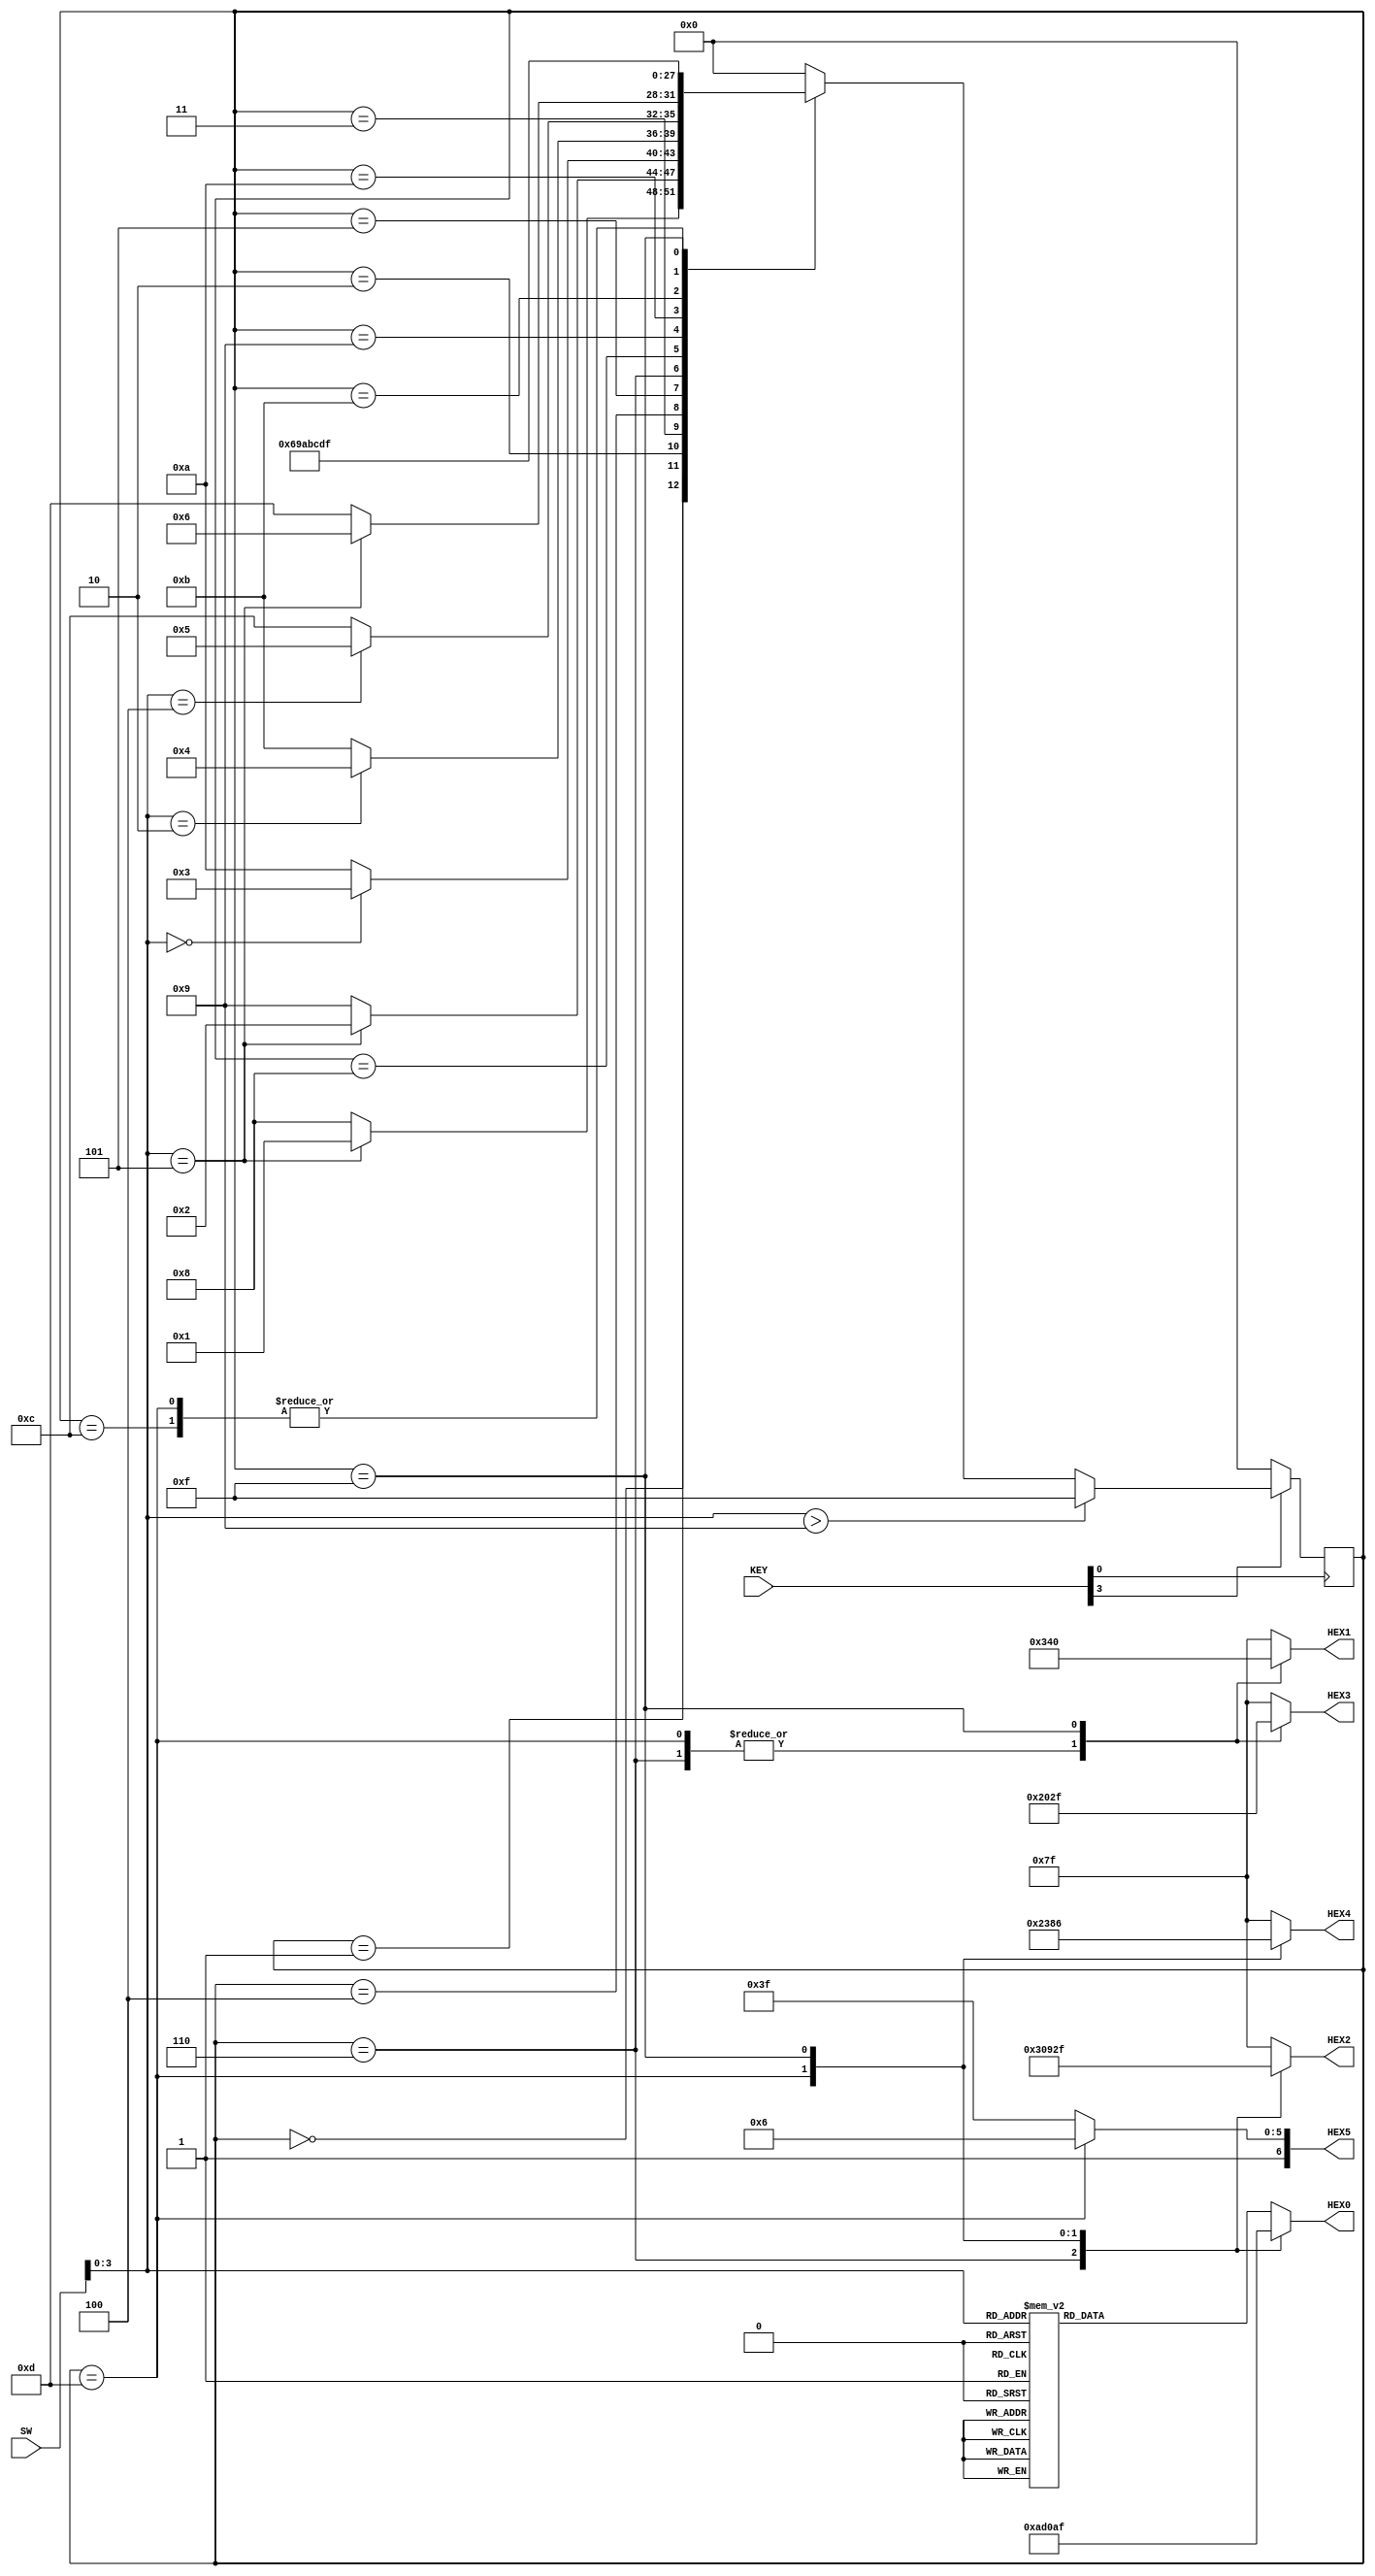
module lab3_top(SW,KEY,HEX0,HEX1,HEX2,HEX3,HEX4,HEX5);
	input [9:0] SW;
	input [3:0] KEY;
	output [6:0] HEX0, HEX1, HEX2, HEX3, HEX4, HEX5;
	//output [9:0] LEDR; // optional: use these outputs for debugging on your DE1-SoC
	
	//State encoding
	//successful entry states
	`define SG0 4'b0000
	`define SG1 4'b0001
	`define SG2 4'b0010
	`define SG3 4'b0011
	`define SG4 4'b0100
	`define SG5 4'b0101
	`define SGF 4'b0110
	
	//unsuccessful entry states
	`define SB0 4'b1000
	`define SB1 4'b1001
	`define SB2 4'b1010
	`define SB3 4'b1011
	`define SB4 4'b1100
	`define SBF 4'b1101

	//error state
	`define SE 4'b1111

	//Coding for 7-segment display
	`define HO 7'b1000000
	`define HP 7'b0001100
	`define HE 7'b0000110
	`define HN 7'b0101011
	`define HC 7'b1000110
	`define HL 7'b1000111
	`define HS 7'b0010010
	`define HD 7'b0100001
	`define HR 7'b0101111

	//Reg for use in always block
	reg [3:0] PresentState;
	reg [3:0] NextState;
	reg [6:0] HEX0, HEX1, HEX2, HEX3, HEX4, HEX5;
	reg [3:0] inputSW;

	//Negative logic for buttons
	wire clk = ~KEY[0];
	wire reset = ~KEY[3];

	//Type 2: state machine (Moore = only present state) synchronous always block
	always @(posedge clk) begin
		//if reset is being held down when clock is pressed, reset system fully
		if(reset) begin
			NextState = `SG0;
			
		end
		else begin
			//if input is larger than 9, send user to error state
			if(inputSW>4'b1001) begin
				NextState = `SE;
			end
			else begin
				//Coding NextStates based on PresentState and Inputs
				case(PresentState)
					`SG0: begin
							if(inputSW == 4'b0101) NextState = `SG1;
							else NextState = `SB0;
							end
					`SG1: begin
							if(inputSW == 4'b0101) NextState = `SG2;
							else NextState = `SB1;
							end
					`SG2: begin
							if(inputSW == 4'b0000) NextState = `SG3;
							else NextState = `SB2;
							end
					`SG3: begin
							if(inputSW == 4'b0010) NextState = `SG4;
							else NextState = `SB3;
							end
					`SG4: begin
							if(inputSW == 4'b0100) NextState = `SG5;
							else NextState = `SB4;
							end
					`SG5: begin
							if(inputSW == 4'b0101) NextState = `SGF;
							else NextState = `SBF;
							end
					`SGF: NextState = `SGF;
					`SB0: NextState = `SB1;
					`SB1: NextState = `SB2;
					`SB2: NextState = `SB3;
					`SB3: NextState = `SB4;
					`SB4: NextState = `SBF;
					`SBF: NextState = `SBF;
					`SE: NextState = `SE;
					default : NextState = `SG0; // Redundancy for the undefined state -> send to initial state (reset)
				endcase
			end
		end
		PresentState = NextState; // Update present state after case
	end

	//Type 1: Purely Combinational, use to set the output on 7-segment display
	always @* begin
		//setting input as only the first four switches, so we can ignore the other switches in the future
		inputSW <= SW[3:0];
		case(PresentState)
			//Successfully Opened State, assign 7-segment display = "OPEn"
			`SGF: begin
					HEX0 = `HN;
					HEX1 = `HE;
					HEX2 = `HP;
					HEX3 = `HO;
					HEX4 = 7'b1111111;
					HEX5 = 7'b1111111;
					end
			//Unsuccessfully Opened State, assign 7-segment display = "CLOSEd"
			`SBF: begin
					HEX0 = `HD;
					HEX1 = `HE;
					HEX2 = `HS;
					HEX3 = `HO;
					HEX4 = `HL;
					HEX5 = `HC;
					end
			//Binary Switches > 9, assign 7-segment display = "ErrOr"
			`SE:  begin
					HEX0 = `HR;
					HEX1 = `HO;
					HEX2 = `HR;
					HEX3 = `HR;
					HEX4 = `HE;
					HEX5 = 7'b1111111;
					end
			//<Number entered and display decimal>
			default: begin
					case(inputSW)
						4'b0000: HEX0 = 7'b1000000; //0
						4'b0001: HEX0 = 7'b1111001; //1
						4'b0010: HEX0 = 7'b0100100; //2
						4'b0011: HEX0 = 7'b0110000; //3
						4'b0100: HEX0 = 7'b0011001; //4
						4'b0101: HEX0 = 7'b0010010; //5
						4'b0110: HEX0 = 7'b0000010; //6
						4'b0111: HEX0 = 7'b1111000; //7
						4'b1000: HEX0 = 7'b0000000; //8
						4'b1001: HEX0 = 7'b0011000; //9
						default : HEX0 = 7'b0111111; //-
					endcase
					//None of the other displays are used so turn them off
					HEX1 = 7'b1111111;
					HEX2 = 7'b1111111;
					HEX3 = 7'b1111111;
					HEX4 = 7'b1111111;
					HEX5 = 7'b1111111;
				end
		endcase
	end
endmodule